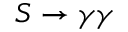
S \to \gamma \gamma